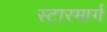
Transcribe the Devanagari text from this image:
स्टारमार्ग